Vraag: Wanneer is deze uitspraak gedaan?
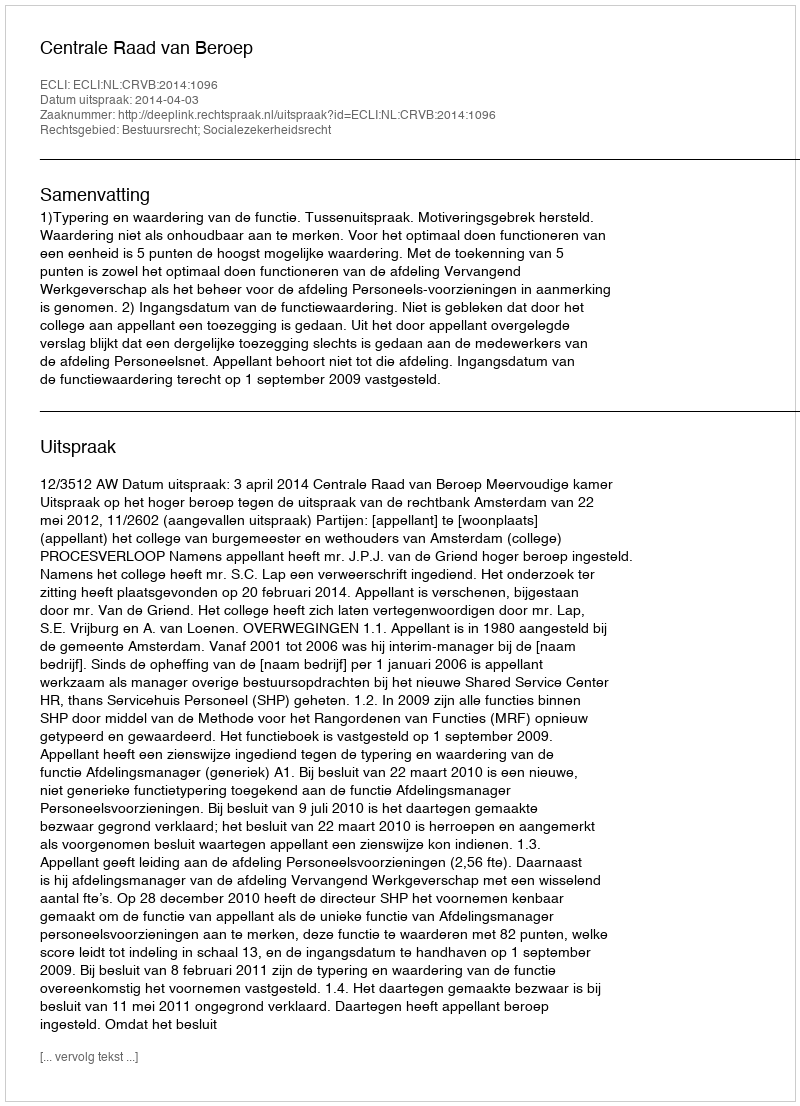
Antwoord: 2014-04-03